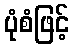
ပုံစံဖြင့်